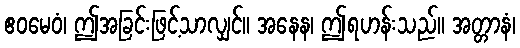
ဧဝမေဝံ၊ ဤအခြင်းဖြင့်သာလျှင်။ အနေန၊ ဤရဟန်းသည်။ အတ္တာနံ၊